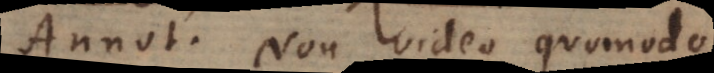
Annot. Non video quomodo